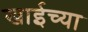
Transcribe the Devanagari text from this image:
खाईच्या